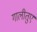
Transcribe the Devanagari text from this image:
गालीतुए